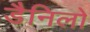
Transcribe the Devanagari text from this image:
डैनिलो